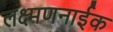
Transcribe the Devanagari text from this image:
लक्ष्मणनाईक